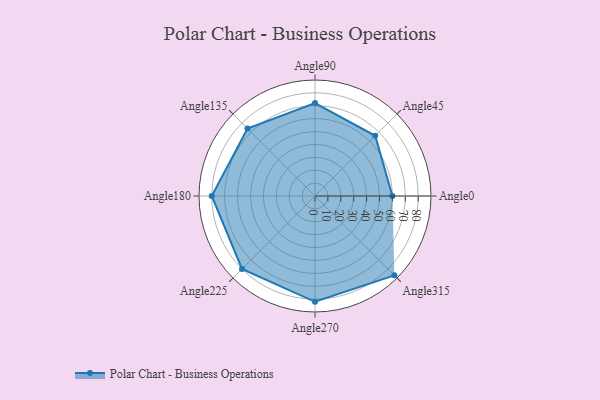
{"axis": {"x": "Angle", "y": "Radius"}, "legend": [""], "data": [{"x": "Angle0", "y": 60.0, "type": ""}, {"x": "Angle45", "y": 66.0, "type": ""}, {"x": "Angle90", "y": 72.0, "type": ""}, {"x": "Angle135", "y": 74.0, "type": ""}, {"x": "Angle180", "y": 80.0, "type": ""}, {"x": "Angle225", "y": 80.0, "type": ""}, {"x": "Angle270", "y": 82.0, "type": ""}, {"x": "Angle315", "y": 87.0, "type": ""}]}